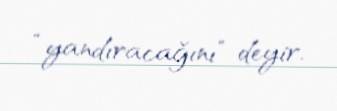
“yandıracağını” deyir.